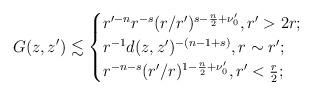
LaTeX: \begin{align*}G(z,z')\lesssim \begin{cases}r'^{-n}r^{-s}(r/r')^{s-\frac n2+\nu'_0},r'>2r;\\r^{-1}d(z,z')^{-(n-1+s)},r\sim r';\\r^{-n-s}(r'/r)^{1-\frac n2+\nu'_0},r'<\frac{r}{2};\end{cases}\end{align*}